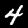
Digit: 4